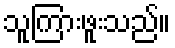
သူကြားဖူးသည်။